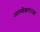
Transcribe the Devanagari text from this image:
आत्मोद्धारापेक्षा